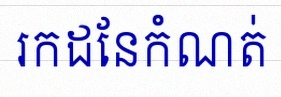
រកដែនកំណត់